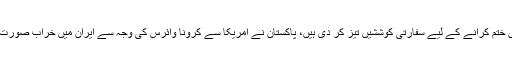
سفارتی ذرایع کے مطابق پاکستان نے ایران سے پابندیاں ختم کرانے کے لیے سفارتی کوششیں تیز کر دی ہیں، پاکستان نے امریکا سے کرونا وائرس کی وجہ سے ایران میں خراب صورت حال پر پابندیوں کے خاتمے کا بھی مطالبہ کر دیا ہے۔